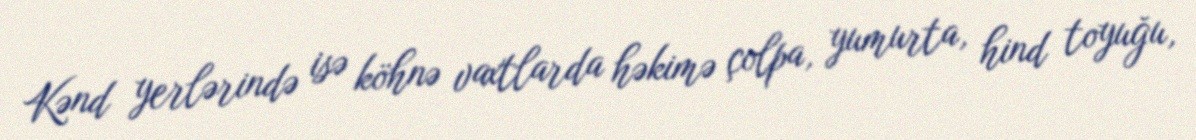
Kənd yerlərində isə köhnə vaxtlarda həkimə çolpa, yumurta, hind toyuğu,